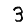
Digit: 3